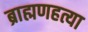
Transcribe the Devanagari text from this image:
ब्राह्मणहत्या